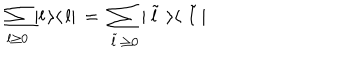
LaTeX: \sum _ { l \geq 0 } | l \, \rangle \langle \, l | \, = \, \sum _ { \, \tilde { l } \, \geq 0 } | \, \tilde { l } \, \, \rangle \langle \, \, \tilde { l } \, |